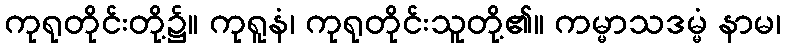
ကုရုတိုင်းတို့၌။ ကုရူနံ၊ ကုရုတိုင်းသူတို့၏။ ကမ္မာသဒမ္မံ နာမ၊